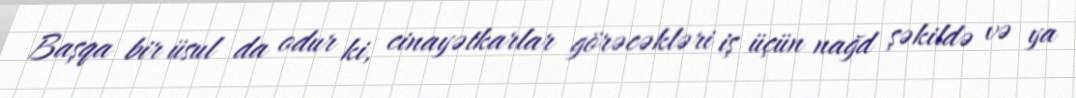
Başqa bir üsul da odur ki, cinayətkarlar görəcəkləri iş üçün nağd şəkildə və ya